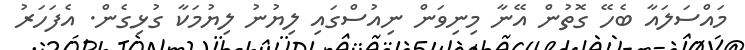
މައްސަލައާ ބެހޭ ގޮތުން އޭނާ މިނިވަން ނިއުސްގައި ލިޔުނު ލިޔުމަކާ ގުޅިގެން. އެފަހަރު